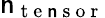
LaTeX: \mathsf{n}_{\mathrm{{~t~e~\mathsf{n}~s~o~r~}}}